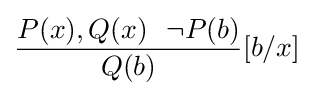
{\frac {P(x),Q(x)\,\,\,\,\neg P(b)}{Q(b)}}[b/x]